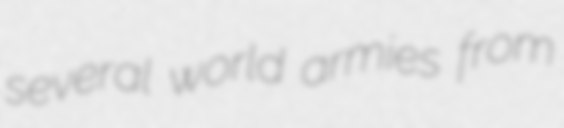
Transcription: several world armies from